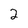
Character: 2